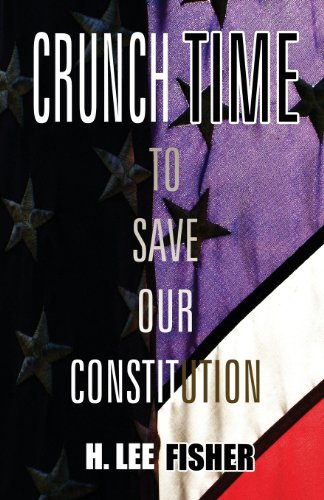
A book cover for Crunch Time: To Save Our Constitution; H. Lee Fisher; Crafts, Hobbies & Home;